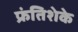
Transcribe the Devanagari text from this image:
फ्रंतिशेके